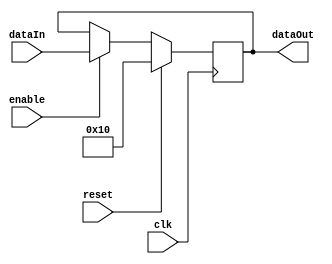

module CounterRegister (clk, reset, dataIn, dataOut, enable);

	parameter size = 5;
	parameter default_Value = 48;

	input clk, reset, enable;

	input [size - 1 : 0] dataIn;
	
	output reg [size - 1 : 0] dataOut;

	always @ (posedge clk) begin
		if (reset) dataOut <= default_Value;
		else if (enable) dataOut <= dataIn;
		else dataOut <= dataOut;
	end

endmodule